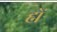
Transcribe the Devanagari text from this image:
ह्में